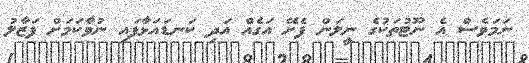
ނަމަވެސް އެ ނޫޓުތަކުގެ ނީލަން ފެށޭ އަގެއް އަދި ކަނޑައަޅާފައި ނުވާކަމަށް ފަޒާލު